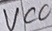
Text: VCC